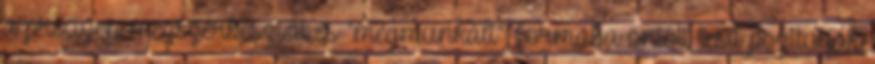
a precízen megszerkesztett és "megmunkált", formába öntött testi pozitúrák